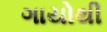
ગાયોથી